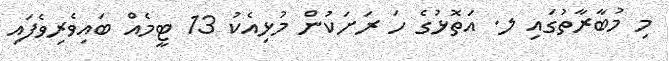
މި މުބާރާތުގައި ލ. އަތޮޅުގެ ހަ ރަށަކުން މުޅިއެކު 13 ޓީމެއް ބައިވެރިވެފައި